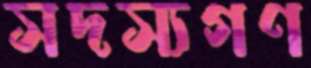
সদস্যগণ